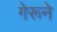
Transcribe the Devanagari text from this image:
गेरूने